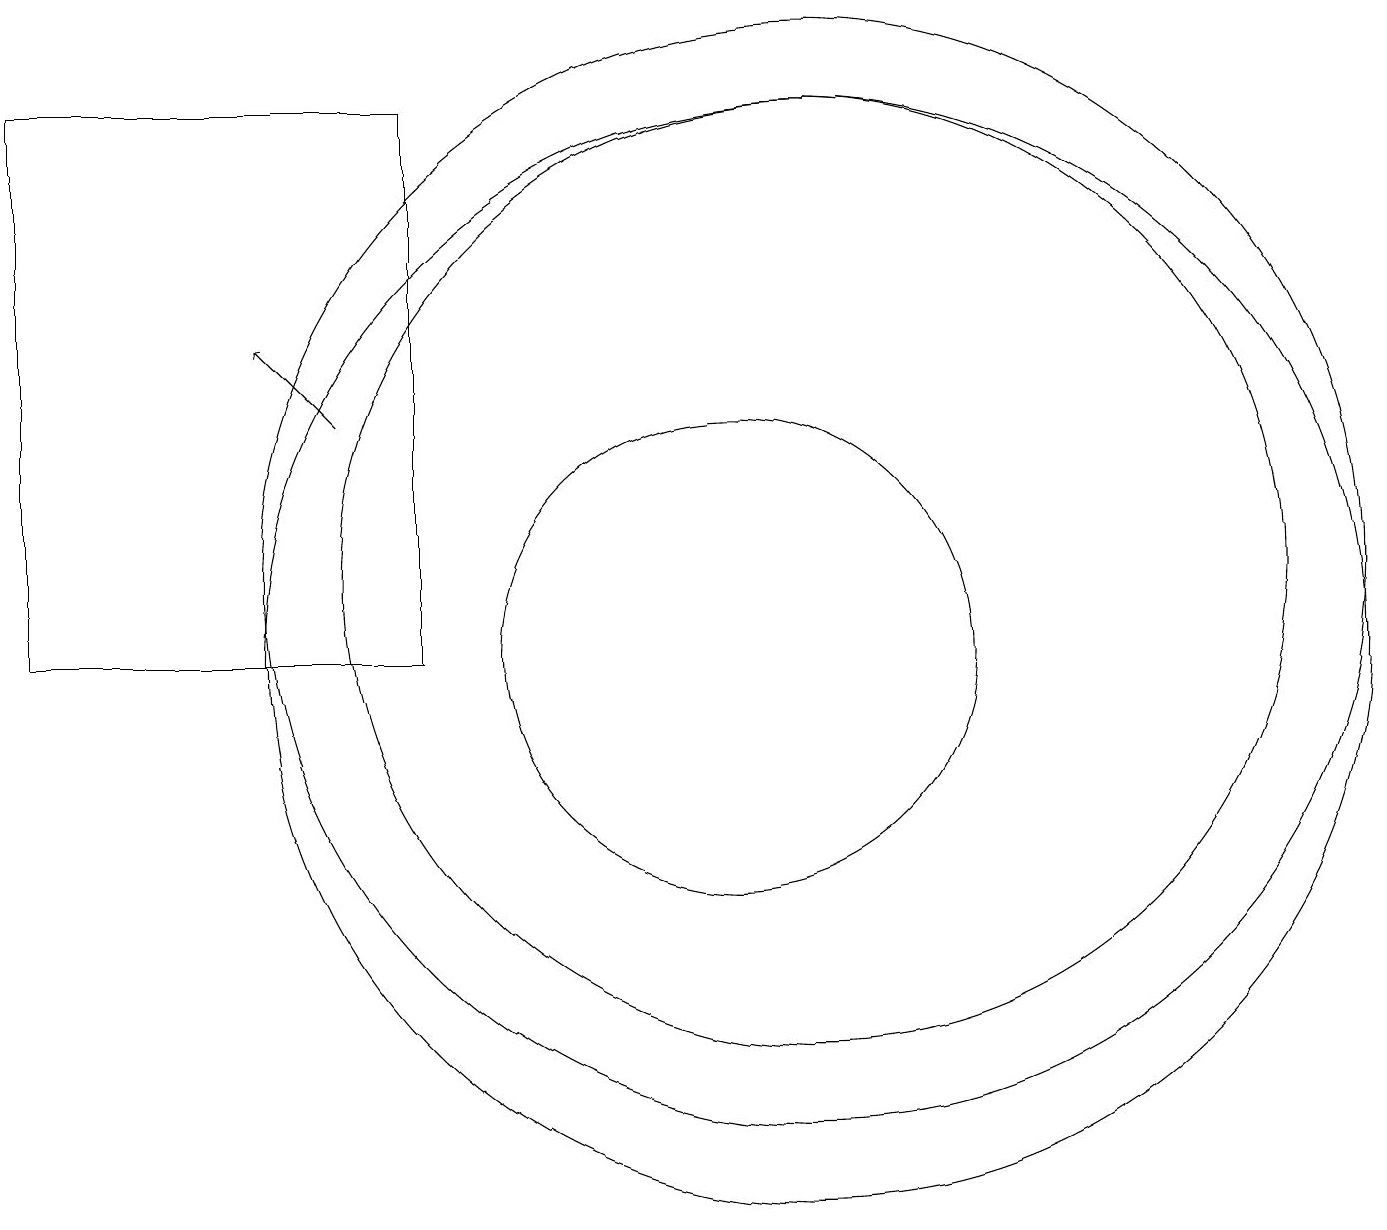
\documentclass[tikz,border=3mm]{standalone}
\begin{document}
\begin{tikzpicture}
\draw[->] (5,13) -- (4,14);
\draw (6,17) rectangle (1,10);
\draw (11,10) circle (7);
\draw (11,11) circle (6);
\draw (10,10) circle (3);
\draw (11,11) circle (7);
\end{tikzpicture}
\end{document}